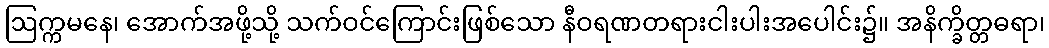
ဩက္ကမနေ၊ အောက်အဖို့သို့ သက်ဝင်ကြောင်းဖြစ်သော နီဝရဏတရားငါးပါးအပေါင်း၌။ အနိက္ခိတ္တဓရာ၊